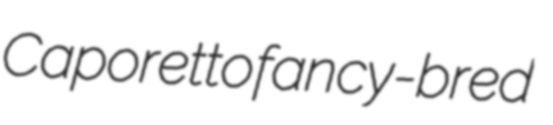
Caporetto fancy-bred